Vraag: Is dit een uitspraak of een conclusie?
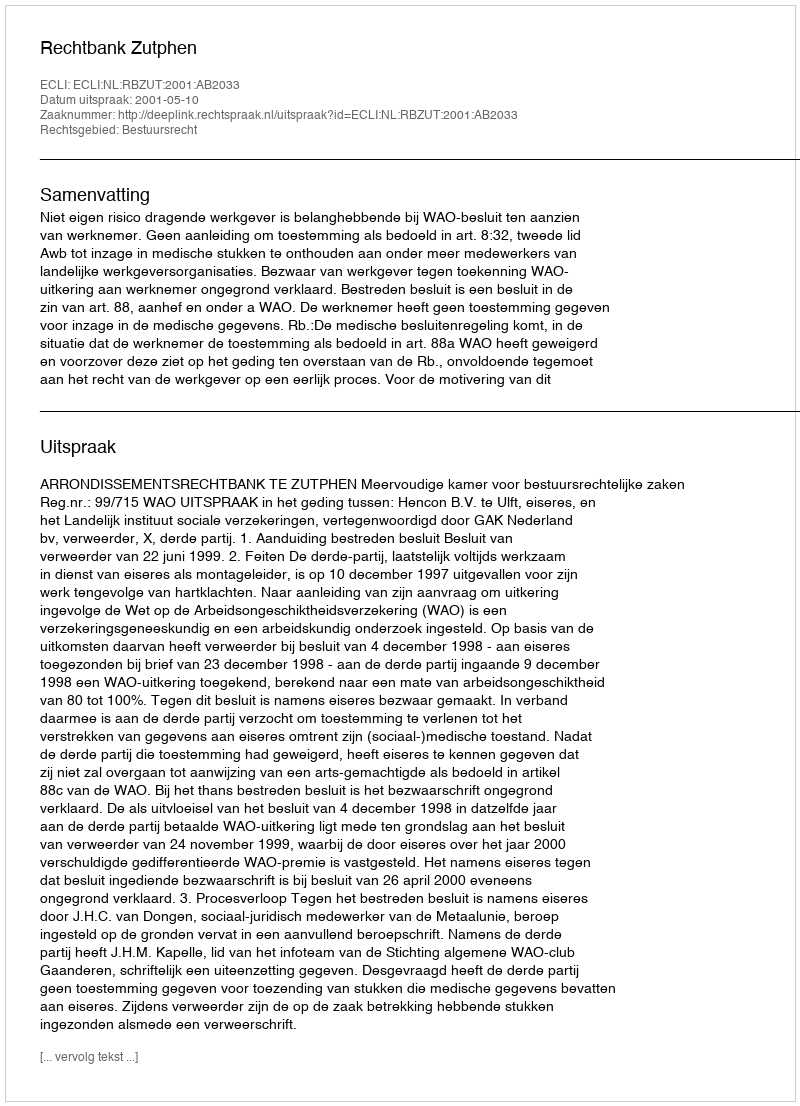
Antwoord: Uitspraak